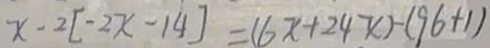
x - 2 [ - 2 x - 1 4 ] = ( 6 x + 2 4 x ) - ( 9 6 + 1 )